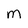
Character: M